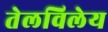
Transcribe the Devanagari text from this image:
तेलविलेय